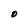
Character: 0